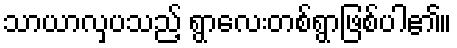
သာယာလှပသည့် ရွာလေးတစ်ရွာဖြစ်ပါ၏။